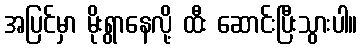
အပြင်မှာ မိုးရွာနေလို့ ထီး ဆောင်းပြီးသွားပါ။